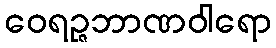
ဝေရဉ္ဇဘာဏဝါရော